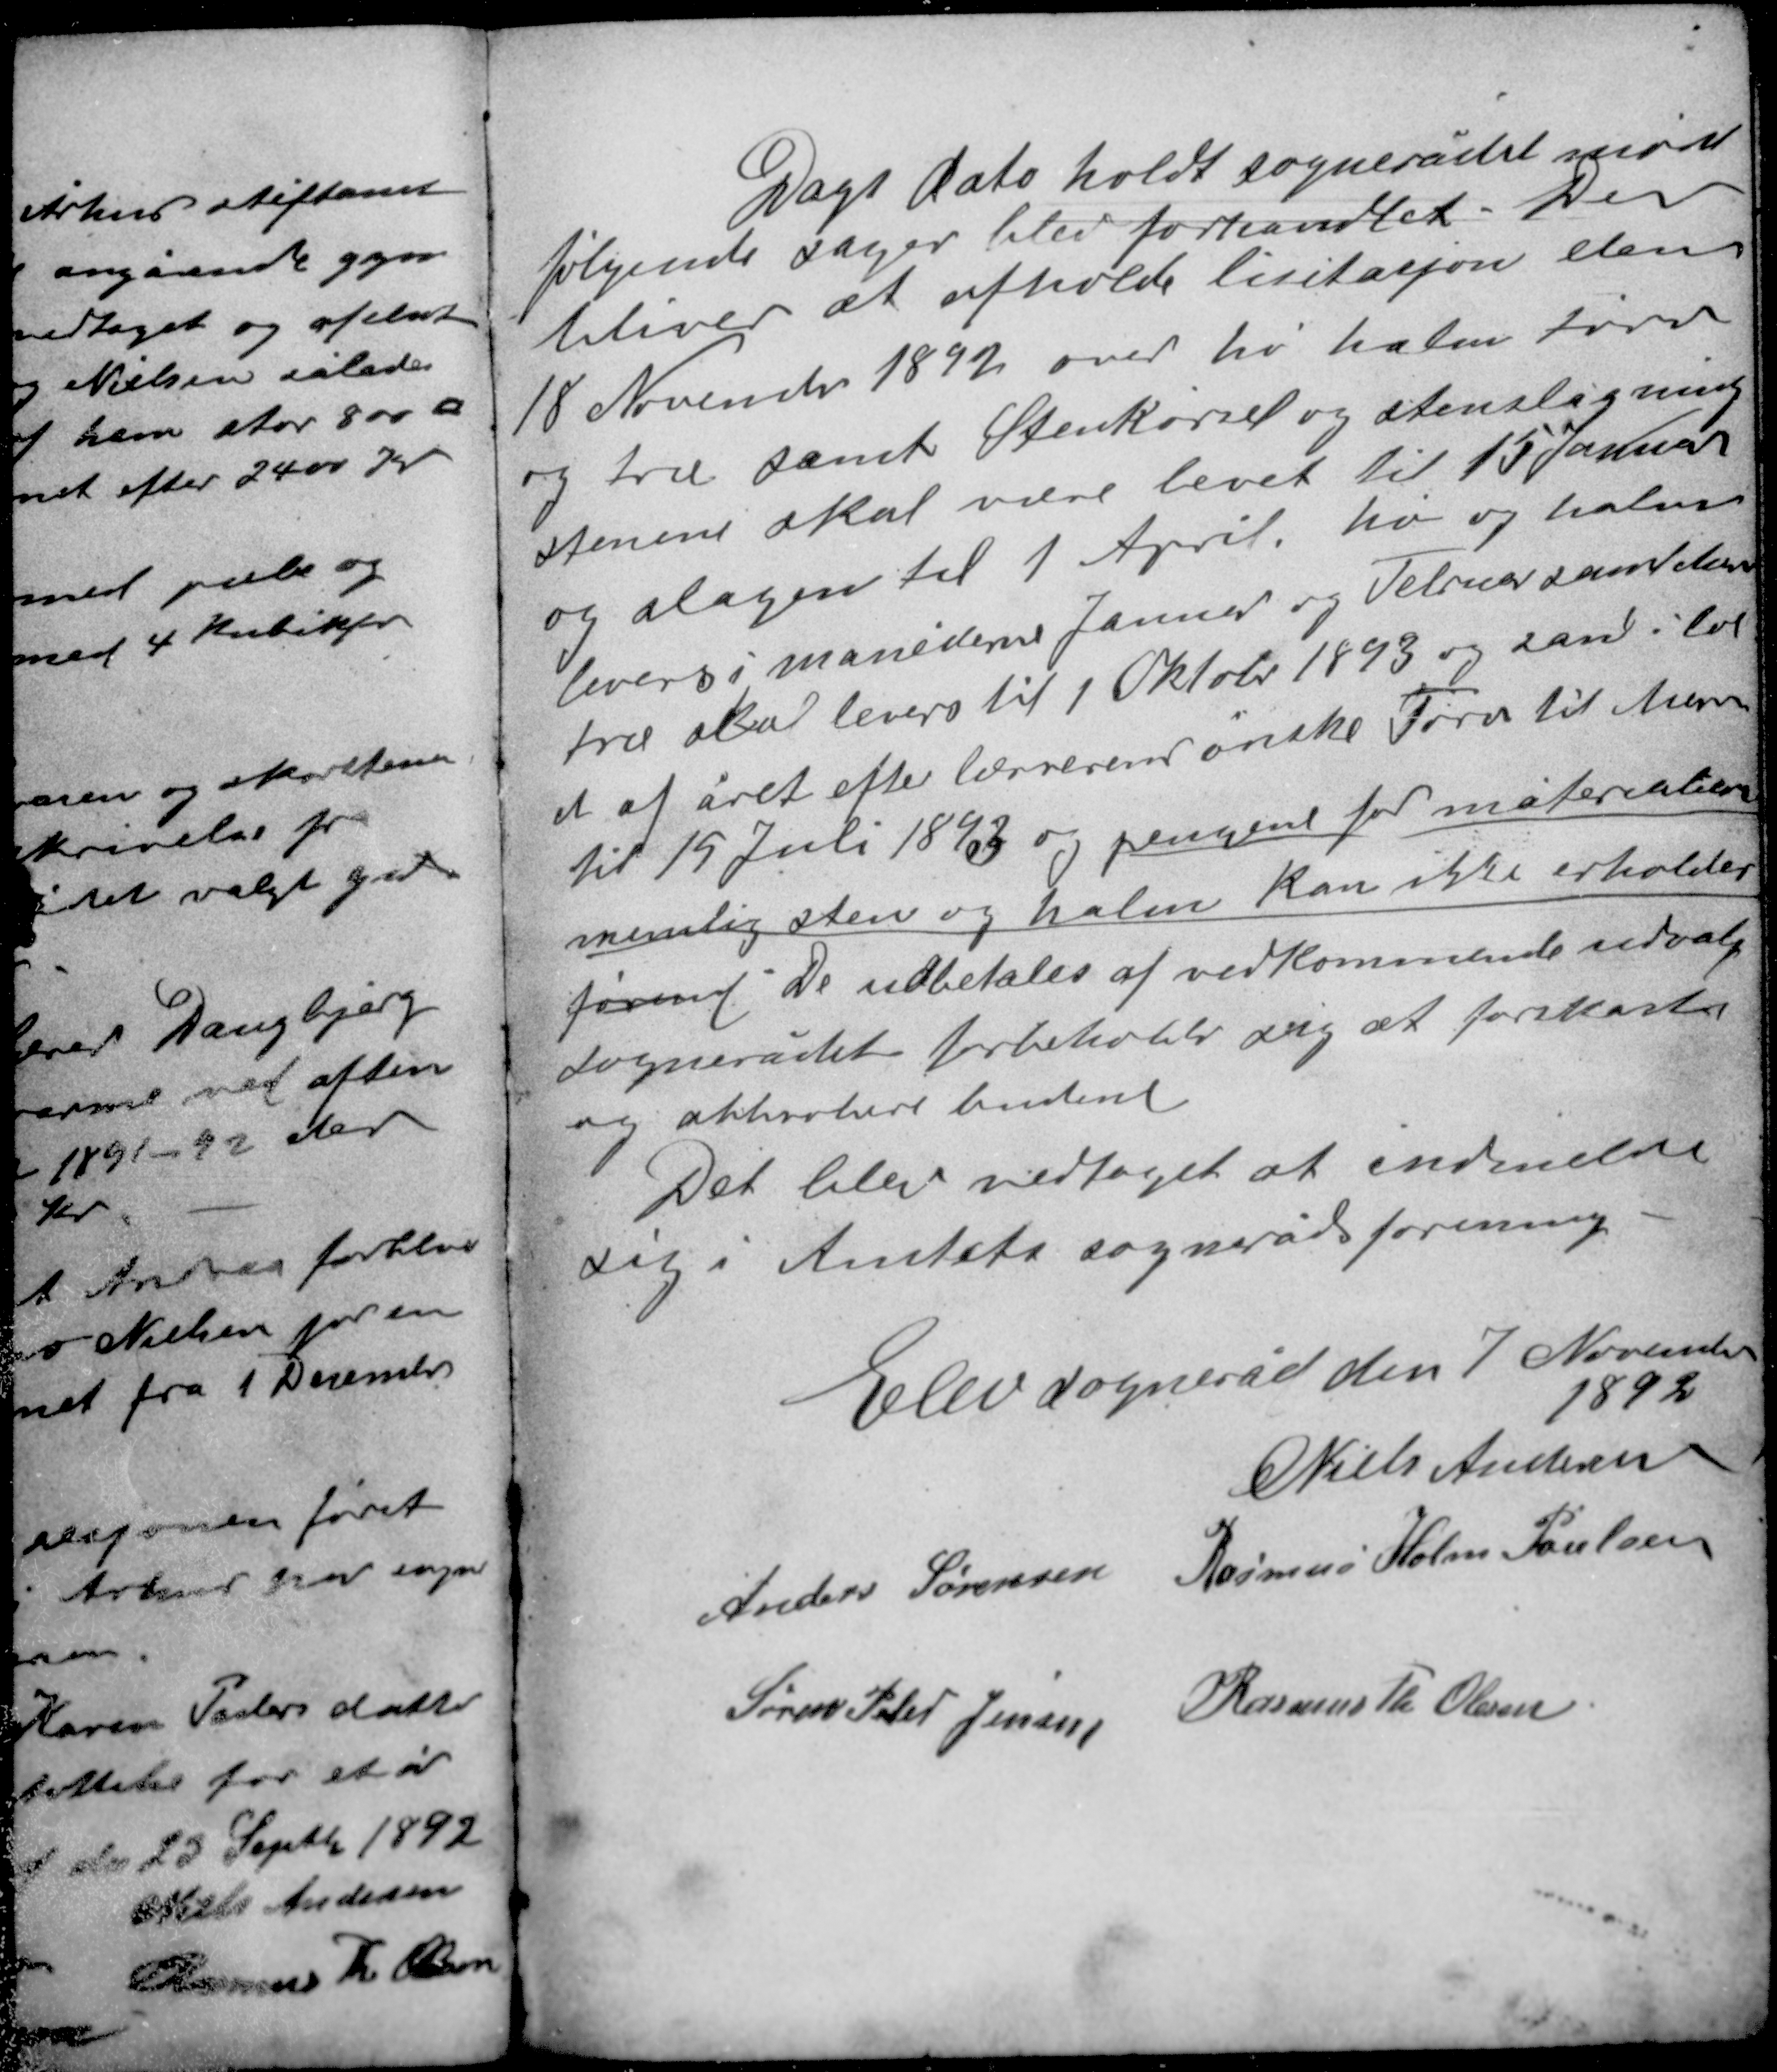
Transskription:
Dags dato holdt sognerådet møde
følgende sager blev forhandlet. Der
bliver at afholde lisitasjon den
18 November 1892 over hø halm tørv
og træ samt Stenkørsel og stenslagning
stenene skal være levet til 15 Januar
og slagen til 1 April, hø og halm
leveres i månederne Januar og Februar samt tørv
træ skal leveres til 1 Oktober 1893 og sand i løb-
et af året efter lærrerens ønske Tørv til Asem
til 15 Juli 1893 og pengene for materialer
nemlig sten og halm kan ikke erholdes
førend De udbetales af vedkommende udvalg
sognerådet forbeholder sig at forkaste
og akkordere budene.

Det blev vedtaget at indmelde
sig i Amtets sognerådsforening.

Elev sogneråd den 7 November
1892
Niels Andersen
Anders Sørensen Rasmus Holm Poulsen
Søren Peter Jensen Rasmus Th. Olesen